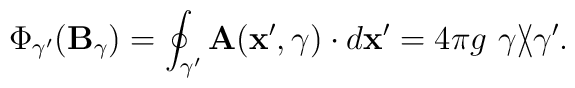
\Phi_{\gamma^\prime}({\bf B}_{\gamma})=\oint_{\gamma^\prime}{\bf A}({\bf x}^\prime,\gamma)\cdot d{\bf x}^\prime=4\pi g \,\, \gamma\backslash\!\!\!\slash \gamma^\prime.